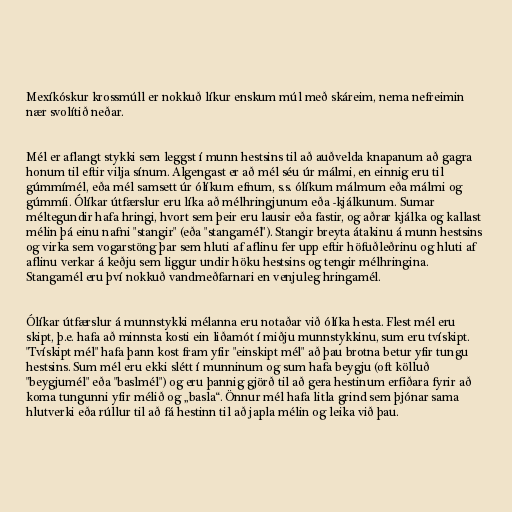
Mexíkóskur krossmúll er nokkuð líkur enskum múl með skáreim, nema nefreimin
nær svolítið neðar.

Mél er aflangt stykki sem leggst í munn hestsins til að auðvelda knapanum að gagra
honum til eftir vilja sínum. Algengast er að mél séu úr málmi, en einnig eru til
gúmmímél, eða mél samsett úr ólíkum efnum, s.s. ólíkum málmum eða málmi og
gúmmíi. Ólíkar útfærslur eru líka að mélhringjunum eða -kjálkunum. Sumar
méltegundir hafa hringi, hvort sem þeir eru lausir eða fastir, og aðrar kjálka og kallast
mélin þá einu nafni "stangir" (eða "stangamél"). Stangir breyta átakinu á munn hestsins
og virka sem vogarstöng þar sem hluti af aflinu fer upp eftir höfuðleðrinu og hluti af
aflinu verkar á keðju sem liggur undir höku hestsins og tengir mélhringina.
Stangamél eru því nokkuð vandmeðfarnari en venjuleg hringamél.

Ólíkar útfærslur á munnstykki mélanna eru notaðar við ólíka hesta. Flest mél eru
skipt, þ.e. hafa að minnsta kosti ein liðamót í miðju munnstykkinu, sum eru tvískipt.
"Tvískipt mél" hafa þann kost fram yfir "einskipt mél" að þau brotna betur yfir tungu
hestsins. Sum mél eru ekki slétt í munninum og sum hafa beygju (oft kölluð
"beygjumél" eða "baslmél") og eru þannig gjörð til að gera hestinum erfiðara fyrir að
koma tungunni yfir mélið og „basla“. Önnur mél hafa litla grind sem þjónar sama
hlutverki eða rúllur til að fá hestinn til að japla mélin og leika við þau.